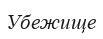
Убежище